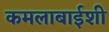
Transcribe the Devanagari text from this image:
कमलाबाईशी